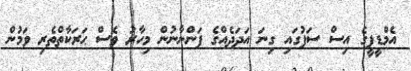
އެމްޑީޕީގެ އިސް ސަފުގައި ގިނަ އަދަދެއްގެ ފަންނާނުން މިހާރު ވެސް ޙަރަކާތްތެރި ވަމުން